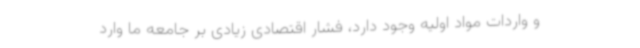
و واردات مواد اولیه وجود دارد، فشار اقتصادی زیادی بر جامعه ما وارد